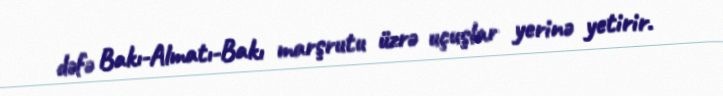
dəfə Bakı-Almatı-Bakı marşrutu üzrə uçuşlar yerinə yetirir.